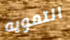
التمويه